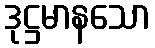
ဒုဋ္ဌမာနသော